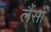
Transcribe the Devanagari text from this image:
लैंसोँ